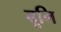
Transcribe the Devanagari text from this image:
बूमि